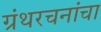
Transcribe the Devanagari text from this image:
ग्रंथरचनांचा